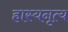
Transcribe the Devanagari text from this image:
हास्यनृत्य